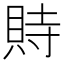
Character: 䝰